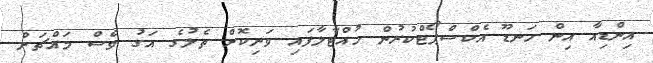
އިންޑިއާ އިން ހަނޑޫ އެކްސްޕޯޓްކުރުން ހުއްޓާލާފައި ވަނިކޮށް ތެލުގެ އަގު ވެސް މައްޗަށް